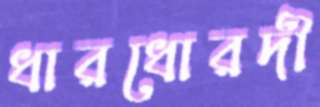
ধারধোরদী